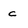
Character: c